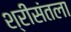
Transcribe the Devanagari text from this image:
श्रीसंतला